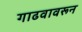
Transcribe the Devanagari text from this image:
गाढवावरून